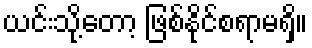
ယင်းသို့တော့ ဖြစ်နိုင်စရာမရှိ။